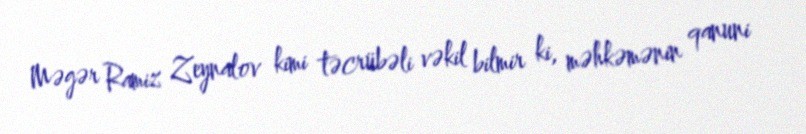
Məgər Ramiz Zeynalov kimi təcrübəli vəkil bilmir ki, məhkəmənin qanuni